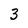
Character: 3